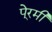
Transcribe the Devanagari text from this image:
पे्रमी